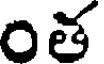
త